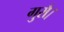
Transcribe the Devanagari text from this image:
गुरौ।